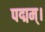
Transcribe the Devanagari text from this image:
पद्मम्।